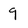
Character: 9